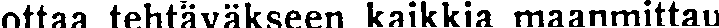
ottaa tehtäväkseen kaikkia maanmittau